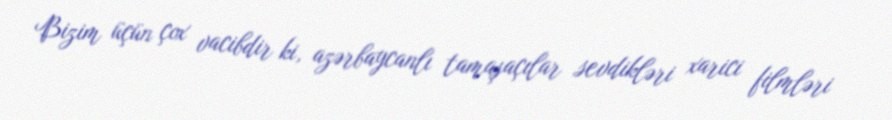
Bizim üçün çox vacibdir ki, azərbaycanlı tamaşaçılar sevdikləri xarici filmləri